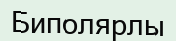
Биполярлы